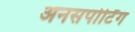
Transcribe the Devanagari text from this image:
अनसपोर्टिंग